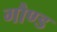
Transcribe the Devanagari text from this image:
गौण्ड